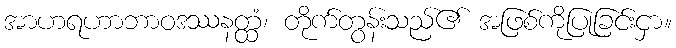
အာဟရဟာဘာဝဒဿနတ္ထံ၊ တိုက်တွန်းသည်၏ အဖြစ်ကိုပြုခြင်းငှာ။